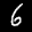
Label: 6